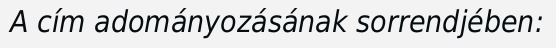
A cím adományozásának sorrendjében: